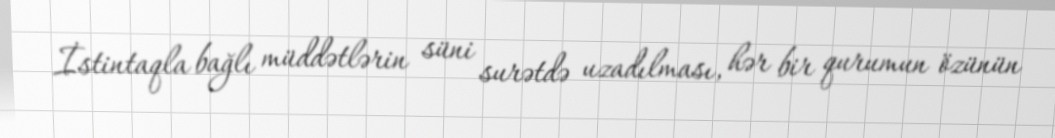
İstintaqla bağlı müddətlərin süni surətdə uzadılması, hər bir qurumun özünün